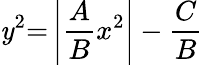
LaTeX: \mathit{y}^{2}{=}\left|{\frac{{A}}{{B}}}x^{2}\right|-{\frac{{C}}{{B}}}